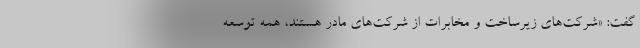
گفت: «شرکت‌های زیرساخت و مخابرات از شرکت‌های مادر هستند، همه توسعه